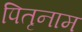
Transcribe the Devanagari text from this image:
पितृनाम